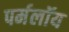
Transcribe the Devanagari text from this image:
पर्मलॉय